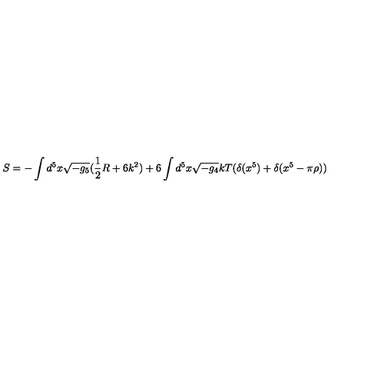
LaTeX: S = - \int d ^ { 5 } x \sqrt { - g _ { 5 } } ( \frac { 1 } { 2 } R + 6 k ^ { 2 } ) + 6 \int d ^ { 5 } x \sqrt { - g _ { 4 } } k T ( \delta ( x ^ { 5 } ) + \delta ( x ^ { 5 } - \pi \rho ) )